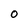
Character: O